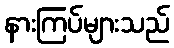
နားကြပ်များသည်